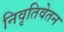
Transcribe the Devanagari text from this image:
निवृतिवेतन